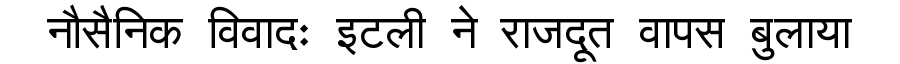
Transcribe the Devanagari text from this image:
नौसैनिक विवादः इटली ने राजदूत वापस बुलाया